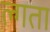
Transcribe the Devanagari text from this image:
ल्गता